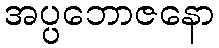
အပ္ပဘောဇနော